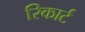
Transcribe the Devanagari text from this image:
रिकार्ट